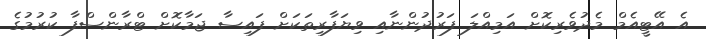
އެ އޭޓީއެމް މެދުވެރިކޮށް އަމިއްލަ ފަރުދުންނާއި ވިޔަފާރިތަކަށް ފައިސާ ޖަމާކޮށް ޓްރާންސްފާ ކުރުމުގެ